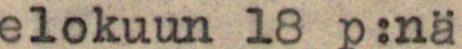
elokuun l8 p:nä